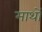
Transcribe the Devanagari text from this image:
माथों